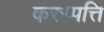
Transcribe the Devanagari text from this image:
करुप्पत्ति